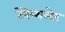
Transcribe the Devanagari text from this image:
टेरेप्थलेट